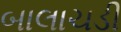
બાલાચડી